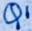
Text: Q1